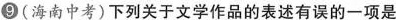
9(海南中考)下列关于文学作品的表述有误的一项是